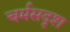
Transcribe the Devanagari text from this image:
चर्मसदृश